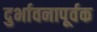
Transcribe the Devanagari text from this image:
दुर्भावनापूर्वक